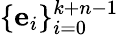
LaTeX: \displaystyle{\{ {\mathbf e}_{i}\} _{i=0}^{k+n-1}}